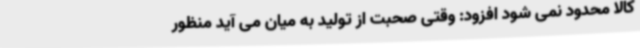
کالا محدود نمی شود افزود: وقتی صحبت از تولید به میان می آید منظور